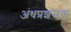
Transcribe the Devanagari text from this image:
अंधप्रशंसक